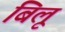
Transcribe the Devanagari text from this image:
बिलू